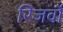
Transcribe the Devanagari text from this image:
रिजर्वो